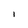
Character: I